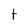
Character: t